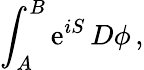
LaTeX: \int_{A}^{B}\mathrm{e}^{iS}\, D\phi\, ,